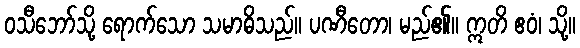
ဝသီဘော်သို့ ရောက်သော သမာဓိသည်။ ပဏီတော၊ မည်၏။ ဣတိ ဧဝံ၊ သို့။